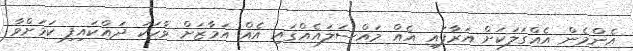
އެންމެން އެއްގަލަކަށް އަރާފައި އެއް މައްސަލައެއްގައި އެއް އަމާޒަށް ވާހަކަ ދައްކައިފި ކަމަށްވާ